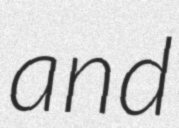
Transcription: and